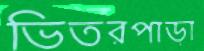
ভিতরপাড়া